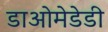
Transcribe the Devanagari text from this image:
डाओमेडेडी